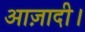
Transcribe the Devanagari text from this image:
आज़ादी।